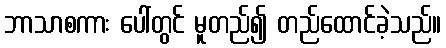
ဘာသာစကား ပေါ်တွင် မူတည်၍ တည်ထောင်ခဲ့သည်။